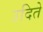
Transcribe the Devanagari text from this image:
उदिते